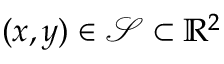
( x , y ) \in \mathcal { S } \subset \mathbb { R } ^ { 2 }